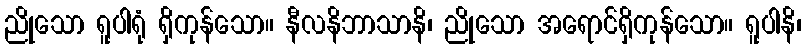
ညိုသော ရူပါရုံ ရှိကုန်သော။ နီလနိဘာသာနိ၊ ညိုသော အရောင်ရှိကုန်သော။ ရူပါနိ၊